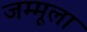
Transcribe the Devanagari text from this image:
जम्मूला